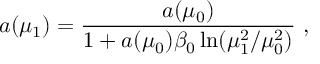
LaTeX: a ( \mu _ { 1 } ) = \frac { a ( \mu _ { 0 } ) } { 1 + a ( \mu _ { 0 } ) \beta _ { 0 } \ln ( \mu _ { 1 } ^ { 2 } / \mu _ { 0 } ^ { 2 } ) } \ ,